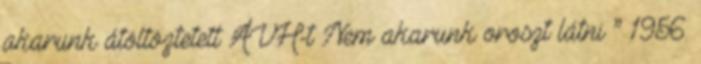
akarunk átöltöztetett ÁVH-t Nem akarunk oroszt látni ” 1956.